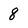
Character: 8